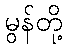
မွန်တို့